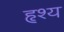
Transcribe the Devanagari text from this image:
हृश्य